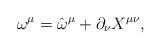
LaTeX: \begin{align*}\omega ^{\mu } = \hat{\omega}^{\mu } + \partial_{\nu} X^{\mu\nu },\end{align*}